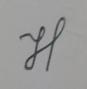
Signature authenticity: genuine